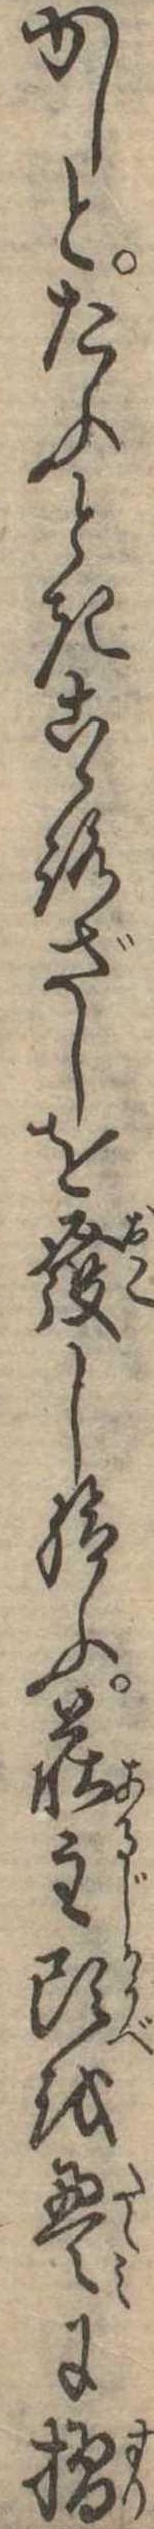
かしとたふときこゝろざしを発し給ふ荘主頭を畳に摺